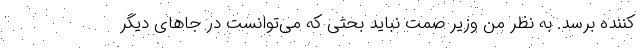
کننده برسد. به نظر من وزیر صمت نباید بحثی که می‌توانست در جاهای دیگر